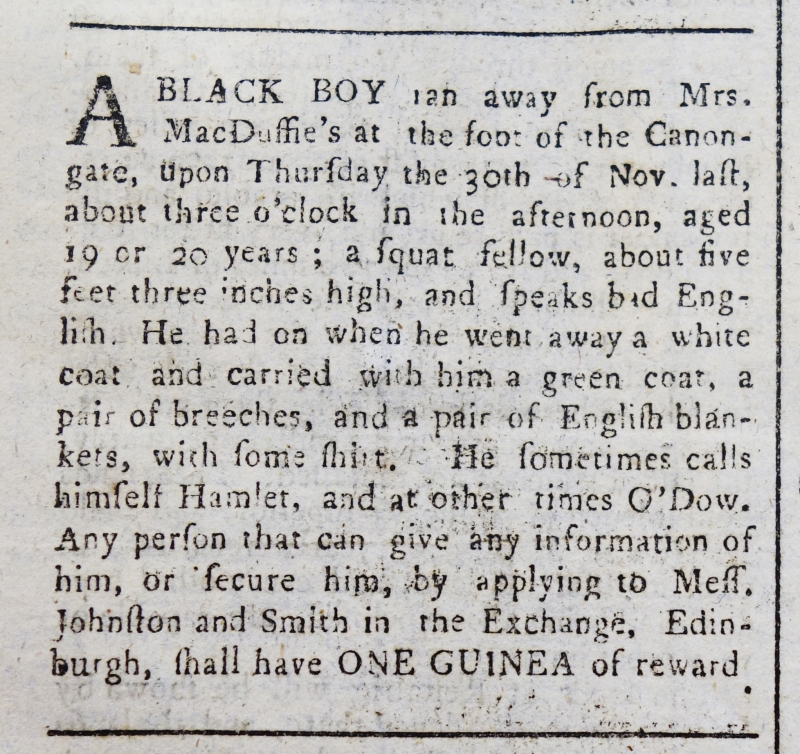
Edinburgh Advertiser, 1 December 1769 (Scotland)
A BLACK BOY ran away from Mrs. MacDuffie’s at the foot of the Canongate, upon Thursday the 30th of Nov. last, about three o’clock in the afternoon, aged 19 or 20 years; a squat fellow, about five feet three inches high, and speaks bad English. He had on when he went away a white coat and carried with him a green coat, a pair of breeches, and a pair of English blankets, with some shirt. He sometimes calls himself Hamlet, and at other times O’Dow. Any person that can give any information of him, or secure him, by applying to Mess. Johnston and Smith in the Exchange, Edinburgh, shall have ONE GUINEA of reward.